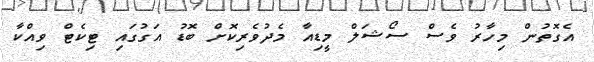
އެގޮތުން މިހާރު ވެސް ސޯޝަލް މީޑިއާ މެދުވެރިކޮށް ބޮޑު އަގުގައި ޓިކެޓް ވިއްކާ